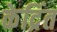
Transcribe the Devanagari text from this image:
केद्रिंत